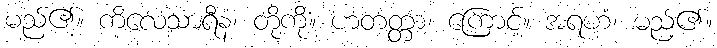
မည်၏။ ကိလေသာရီနံ၊ တို့ကို။ ဟတတ္တာ၊ ကြောင့်။ အရဟံ၊ မည်၏။